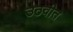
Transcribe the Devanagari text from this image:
उठवीत